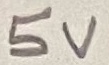
Text: 5V